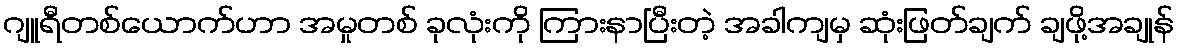
ဂျူရီတစ်ယောက်ဟာ အမှုတစ် ခုလုံးကို ကြားနာပြီးတဲ့ အခါကျမှ ဆုံးဖြတ်ချက် ချဖို့အချုန်